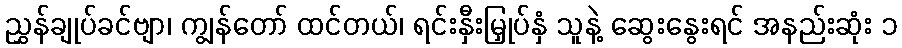
ညွှန်ချုပ်ခင်ဗျာ၊ ကျွန်တော် ထင်တယ်၊ ရင်းနှီးမြှုပ်နှံ သူနဲ့ ဆွေးနွေးရင် အနည်းဆုံး ၁